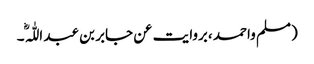
(مسلم واحمد ،بروایت عن جابر بن عبد اللّٰہ ؓ۔